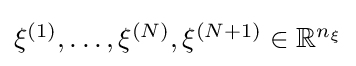
{\textstyle \xi ^{(1)},\dots ,\xi ^{(N)},\xi ^{(N+1)}\in \mathbb {R} ^{n_{\xi }}}